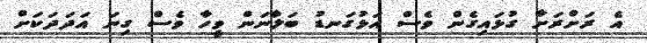
އެ ރަށްރަށާ ގުޅައިގެން ވެސް އަޅުގަނޑު ބަލާނަން ވީހާ ވެސް ގިނަ އަދަދަކަށް